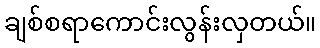
ချစ်စရာကောင်းလွန်းလှတယ်။